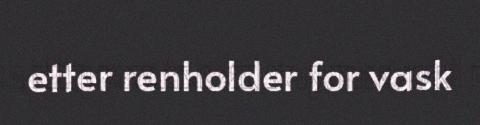
etter renholder for vask